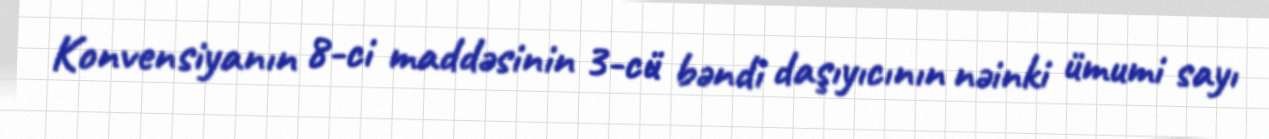
Konvensiyanın 8-ci maddəsinin 3-cü bəndi daşıyıcının nəinki ümumi sayı